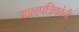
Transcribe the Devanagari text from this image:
जालपत्रिकांनी